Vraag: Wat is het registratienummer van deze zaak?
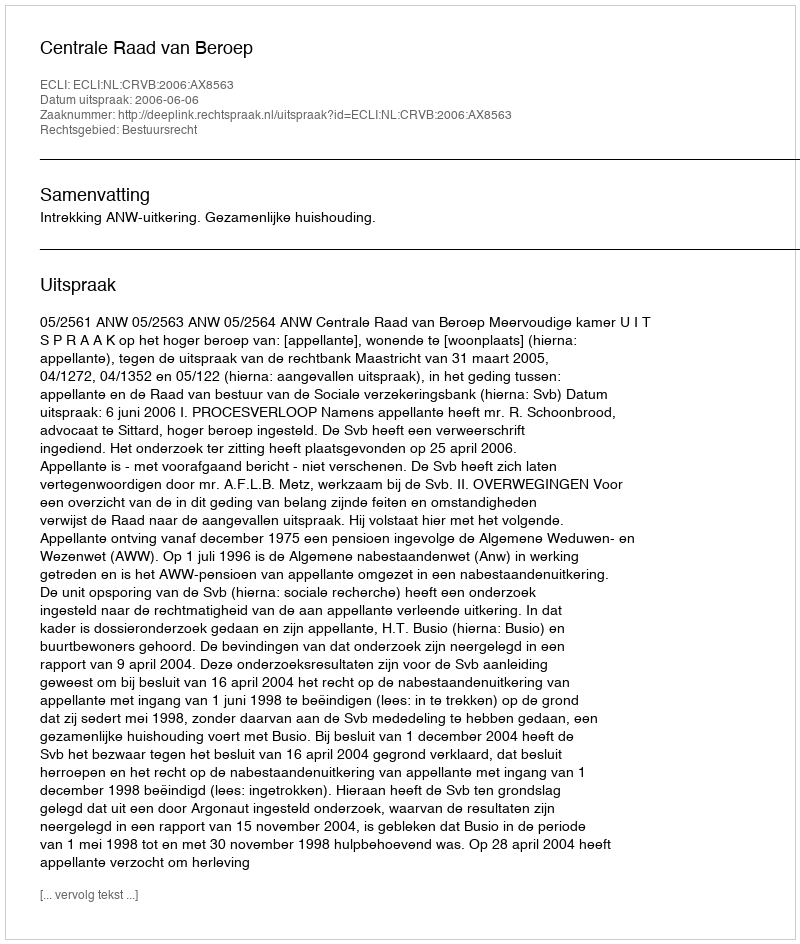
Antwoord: http://deeplink.rechtspraak.nl/uitspraak?id=ECLI:NL:CRVB:2006:AX8563